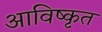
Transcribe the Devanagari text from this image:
आविष्‍कृत